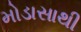
મોડાસાથી